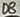
Text: D8